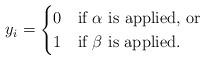
LaTeX: \begin{align*}y_i=\begin{cases}0 &\mbox{if $\alpha$ is applied, or} \\1 & \mbox{if $\beta$ is applied.}\end{cases}\end{align*}